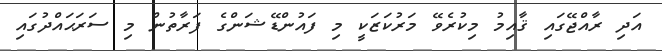
އަދި ރާއްޖޭގައި ޤާއިމު މިކުރެވޭ މަރުކަޒަކީ މި ފައުންޑޭޝަންގެ ފަރާތުން މި ސަރަޙައްދުގައި